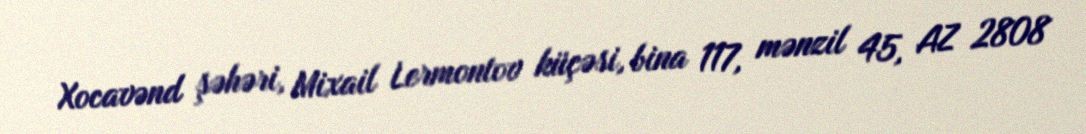
Xocavənd şəhəri, Mixail Lermontov küçəsi, bina 117, mənzil 45, AZ 2808